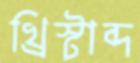
খ্রিস্টাব্দ